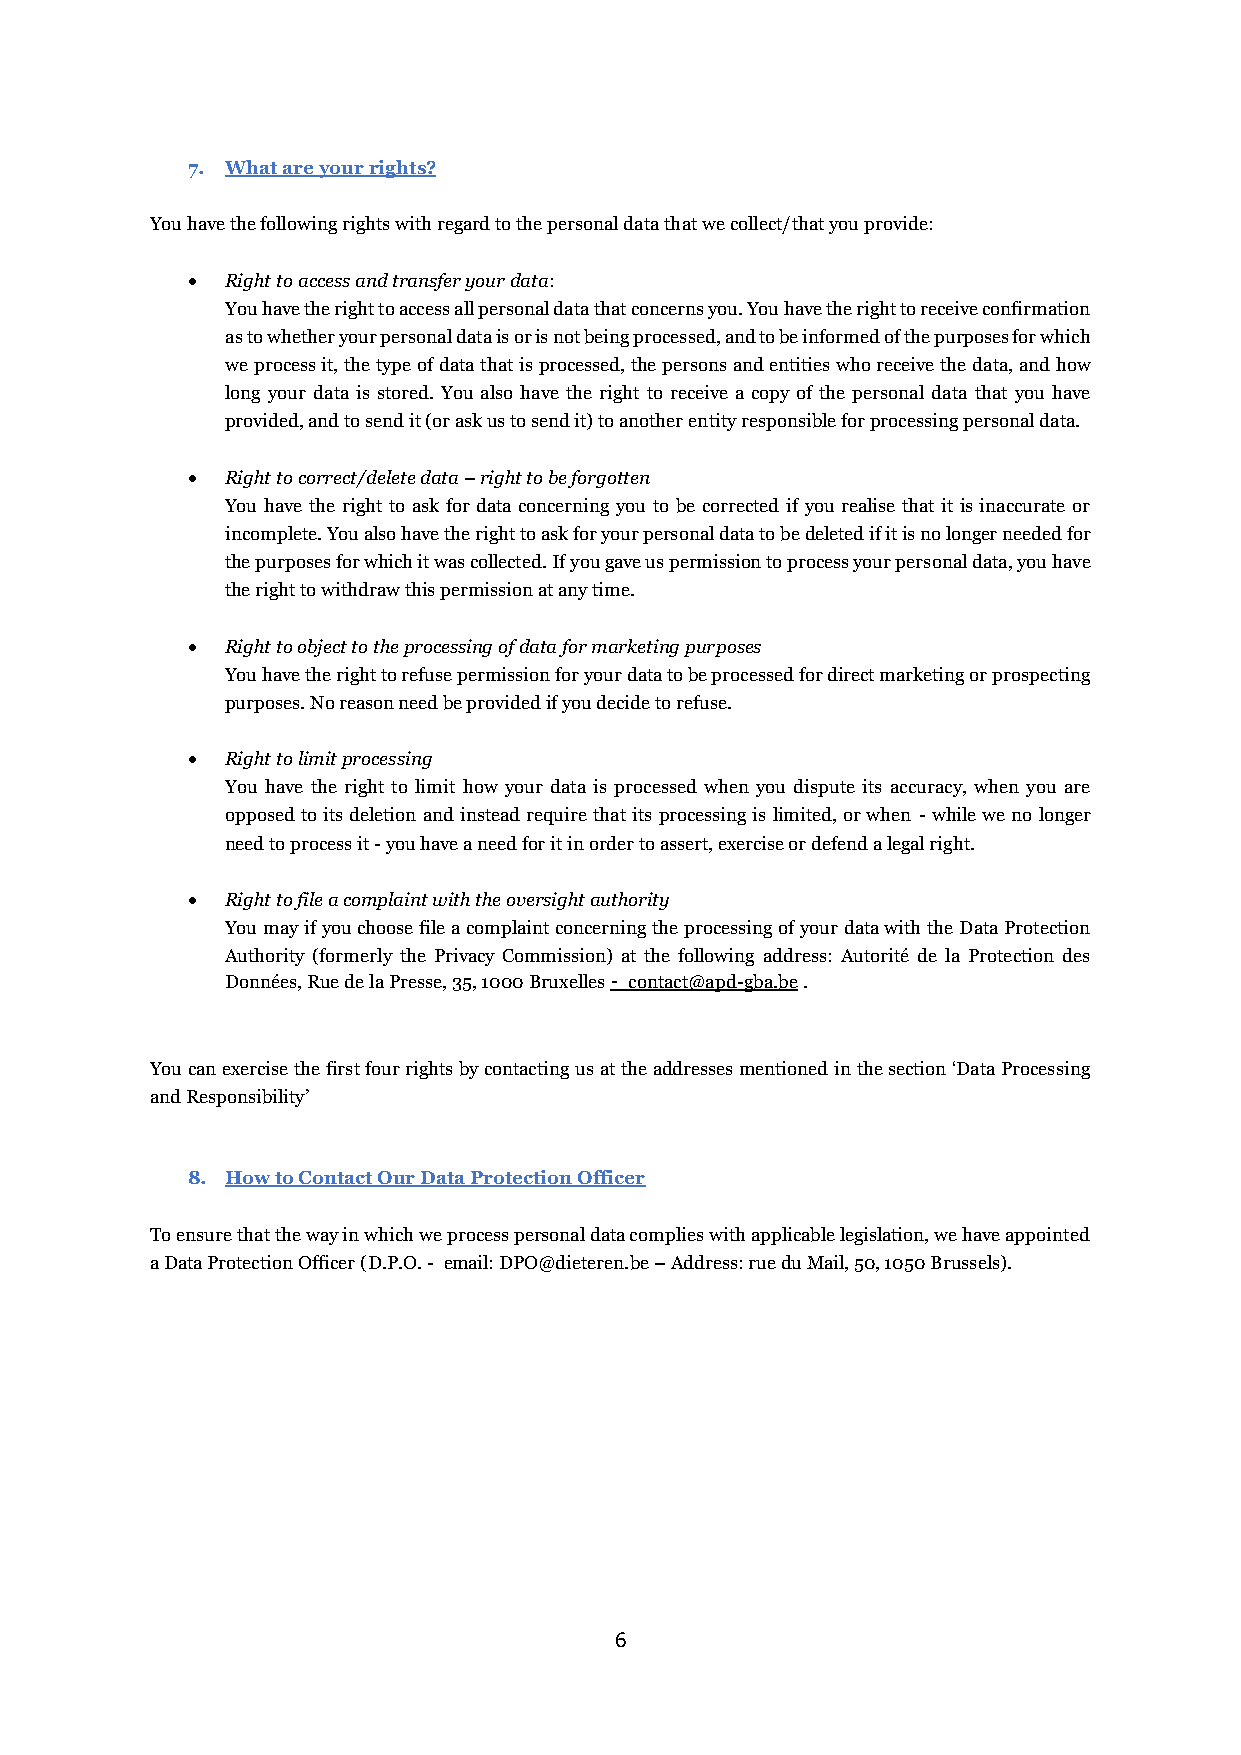
7. What are your rights?
 You have the following rights with regard to the personal data that we collect/that you provide:
 •  Right to access and transfer your data:
 You have the right to access all personal data that concerns you. You have the right to receive confirmation
 as to whether your personal data is or is not being processed, and to be informed of the purposes for which
 we process it, the type of data that is processed, the persons and entities who receive the data, and how
 long your data is stored. You also have the right to receive a copy of the personal data that you have
 provided, and to send it (or ask us to send it) to another entity responsible for processing personal data.
 •  Right to correct/delete data – right to be forgotten
 You have the right to ask for data concerning you to be corrected if you realise that it is inaccurate or
 incomplete. You also have the right to ask for your personal data to be deleted if it is no longer needed for
 the purposes for which it was collected. If you gave us permission to process your personal data, you have
 the right to withdraw this permission at any time.
 •  Right to object to the processing of data for marketing purposes
 You have the right to refuse permission for your data to be processed for direct marketing or prospecting
 purposes. No reason need be provided if you decide to refuse.
 •  Right to limit processing
 You have the right to limit how your data is processed when you dispute its accuracy, when you are
 opposed to its deletion and instead require that its processing is limited, or when - while we no longer
 need to process it - you have a need for it in order to assert, exercise or defend a legal right.
 •  Right to file a complaint with the oversight authority
 You may if you choose file a complaint concerning the processing of your data with the Data Protection
 Authority (formerly the Privacy Commission) at the following address: Autorité de la Protection des
 Données, Rue de la Presse, 35, 1000 Bruxelles - contact@apd-gba.be .
 You can exercise the first four rights by contacting us at the addresses mentioned in the section ‘Data Processing
 and Responsibility’
 8. How to Contact Our Data Protection Officer
 To ensure that the way in which we process personal data complies with applicable legislation, we have appointed
 a Data Protection Officer (D.P.O. - email: DPO@dieteren.be – Address: rue du Mail, 50, 1050 Brussels).
 6